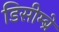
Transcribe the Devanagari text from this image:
डिसीम्ब्रे